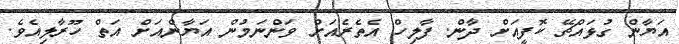
އަޔާން ގުޅައްޗޭ ކޮފީއަށް ދާން. ފާލިހް އެތެރެއަށް ވަންނަމުން އަޔާންއަށް އަތް ހޫރާލިއެވެ.